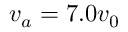
v _ { a } = 7 . 0 v _ { 0 }